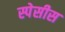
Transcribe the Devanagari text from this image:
स्पेसीस